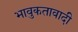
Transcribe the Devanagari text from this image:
भावुकतावादी